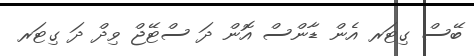
ބޭސް ގިޓަރ އެން ޑާންސް އޮން ދަ ސްޓޭޖް ވިދް ދަ ގިޓަރ